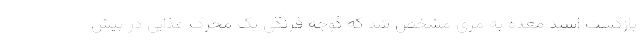
بازگشت اسید معده به مری مشخص شد که گوجه فرنگی یک محرک غذایی در بیش